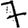
Digit: 7